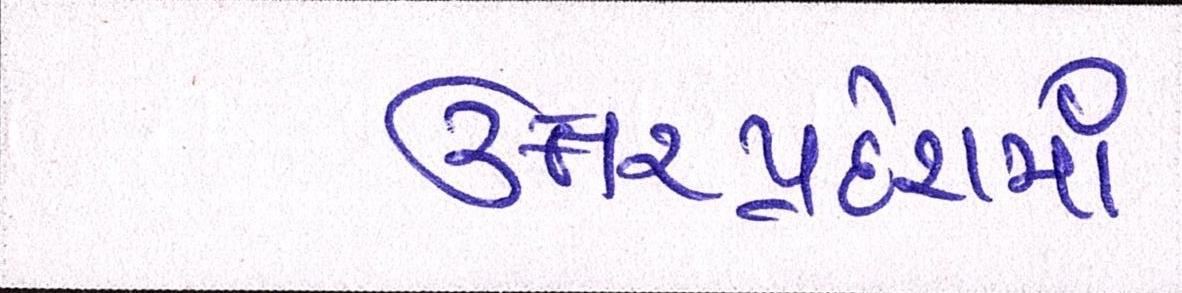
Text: ઉત્તરપ્રદેશમાં